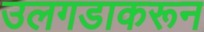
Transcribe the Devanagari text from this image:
उलगडाकरून